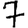
Digit: 7